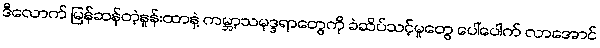
ဒီလောက် မြန်ဆန်တဲ့နှုန်းထာနဲ့ ကမ္ဘာ့သမုဒ္ဒရာတွေကို ခဲဆိပ်သင့်မှုတွေ ပေါ်ပေါက် လာအောင်